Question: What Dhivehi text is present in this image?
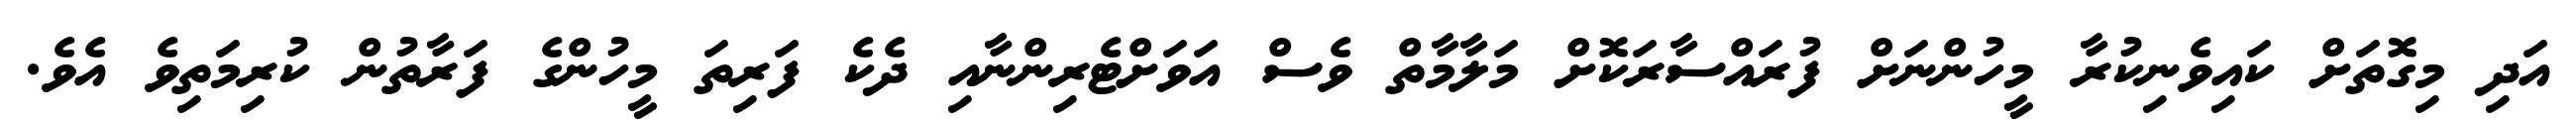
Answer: އަދި މިގޮތަށް ކައިވެނިކުރާ މީހުންނަށް ފުރައްސާރަކޮށް މަލާމާތް ވެސް އަވަށްޓެރިންނާއި ދެކެ ފަރިތަ މީހުންގެ ފަރާތުން ކުރިމަތިވެ އެވެ.